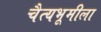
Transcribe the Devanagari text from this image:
चैत्यभूमीला